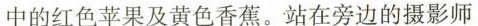
中的红色苹果及黄色香蕉。站在旁边的摄影师